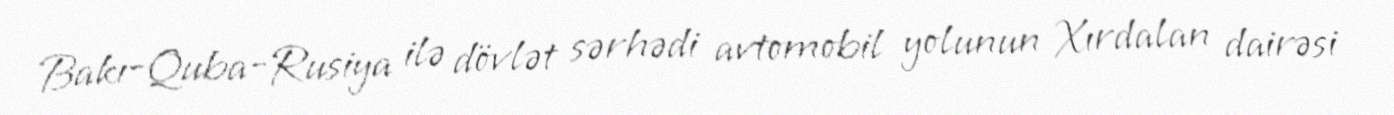
Bakı-Quba-Rusiya ilə dövlət sərhədi avtomobil yolunun Xırdalan dairəsi